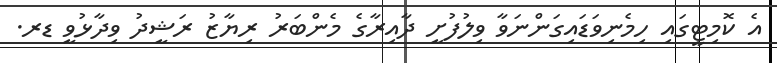
އެ ކޮމިޓީގައި ހިމެނިވަޑައިގަންނަވާ ވިލުފުށީ ދާއިރާގެ މެންބަރު ރިޔާޒު ރަޝީދު ވިދާޅުވީ ޑރ.